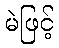
မဲဖြင့်